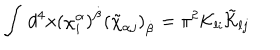
LaTeX: \int \, d ^ { 4 } x ( \chi _ { i } ^ { \alpha } ) ^ { \dot { \beta } } ( \tilde { \chi } _ { \alpha j } ) _ { \dot { \beta } } = \pi ^ { 2 } { \cal K } _ { l i } \tilde { \cal K } _ { l j }